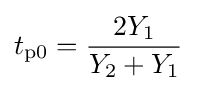
t_{\text{p0}}={\frac {2Y_{1}}{Y_{2}+Y_{1}}}